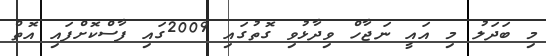
މި ބަދަލު މި އައީ ނަޖާހް ވިދާޅުވި ގޮތުގައި 2009ގައި ފާސްކޮށްފައި އޮތް